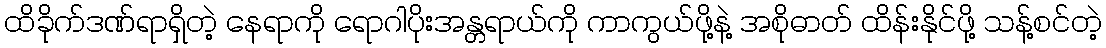
ထိခိုက်ဒဏ်ရာရှိတဲ့ နေရာကို ရောဂါပိုးအန္တရာယ်ကို ကာကွယ်ဖို့နဲ့ အစိုဓာတ် ထိန်းနိုင်ဖို့ သန့်စင်တဲ့